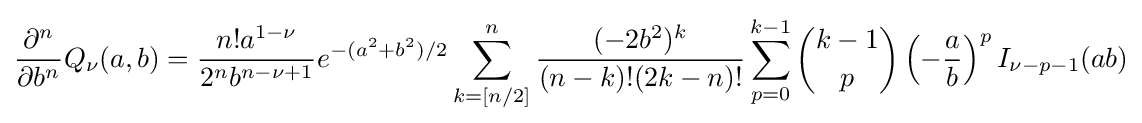
{\frac {\partial ^{n}}{\partial b^{n}}}Q_{\nu }(a,b)={\frac {n!a^{1-\nu }}{2^{n}b^{n-\nu +1}}}e^{-(a^{2}+b^{2})/2}\sum _{k=[n/2]}^{n}{\frac {(-2b^{2})^{k}}{(n-k)!(2k-n)!}}\sum _{p=0}^{k-1}{\binom {k-1}{p}}\left(-{\frac {a}{b}}\right)^{p}I_{\nu -p-1}(ab)